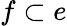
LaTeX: f\subset e